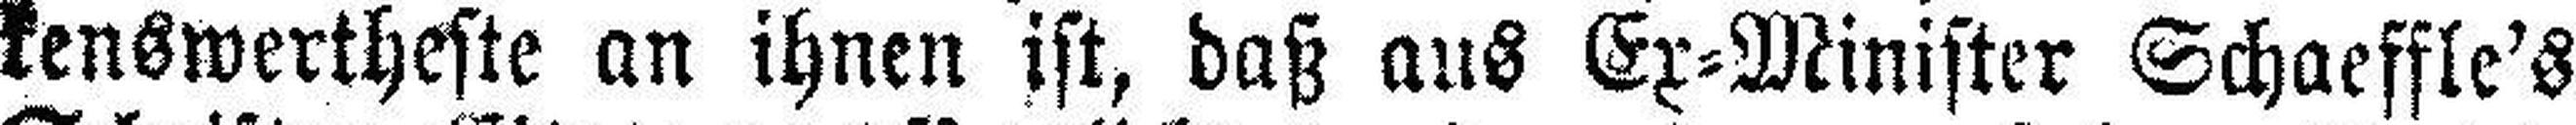
kenswertheste an ihnen ist, daß aus Ex=Minister Schaeffle's